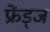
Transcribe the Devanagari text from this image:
फ्रेंड्ज